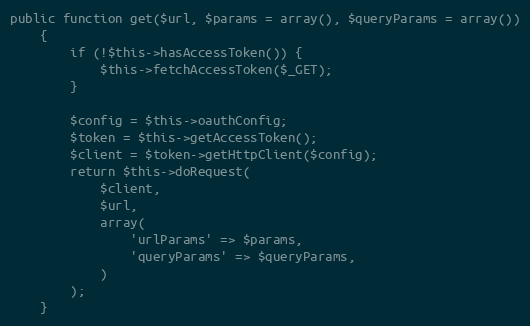
Language: PHP
public function get($url, $params = array(), $queryParams = array())
    {
        if (!$this->hasAccessToken()) {
            $this->fetchAccessToken($_GET);
        }

        $config = $this->oauthConfig;
        $token = $this->getAccessToken();
        $client = $token->getHttpClient($config);
        return $this->doRequest(
            $client,
            $url,
            array(
                'urlParams' => $params,
                'queryParams' => $queryParams,
            )
        );
    }